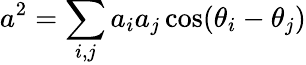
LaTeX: a^{2}=\sum_{i,j}a_{i}a_{j}\cos(\theta_{i}-\theta_{j})